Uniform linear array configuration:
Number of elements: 4
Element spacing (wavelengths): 0.25
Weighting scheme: uniform
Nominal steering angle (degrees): -30
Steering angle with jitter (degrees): -29.271
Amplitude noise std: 0.05
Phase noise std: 0.05

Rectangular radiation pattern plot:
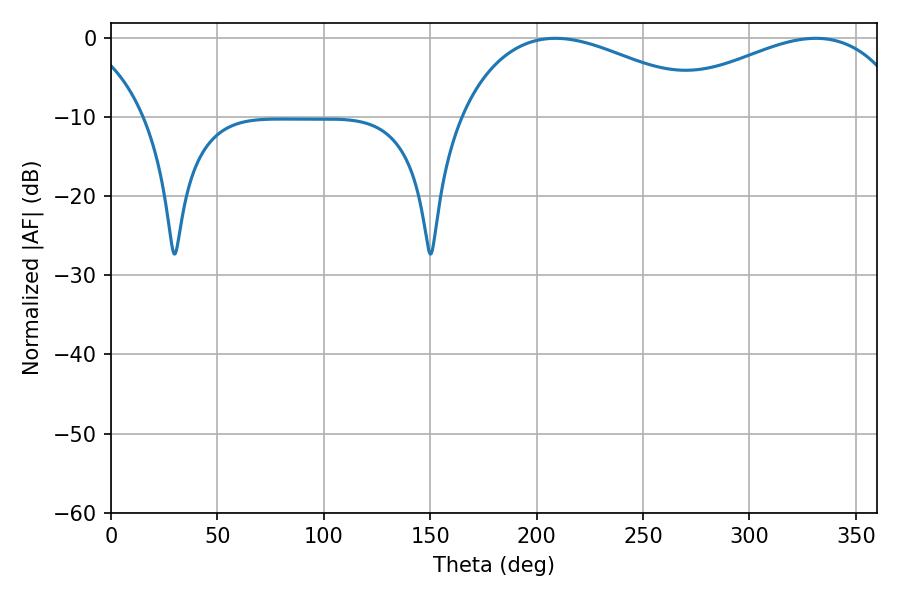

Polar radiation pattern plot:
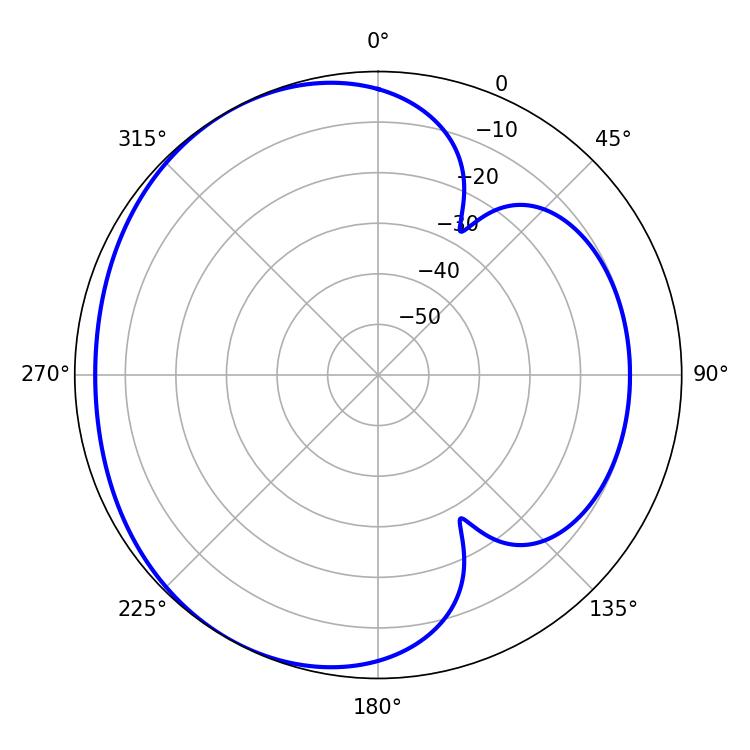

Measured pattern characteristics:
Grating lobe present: FALSE
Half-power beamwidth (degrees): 67.32
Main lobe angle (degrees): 208.8